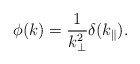
\begin{align*}\phi (k) = \frac{1}{k_\bot^2} \delta (k_\parallel).\end{align*}